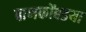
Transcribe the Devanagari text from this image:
पाणकोंबडया